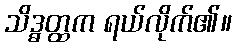
သိဒ္ဓတ္ထက ရယ်လိုက်၏။